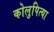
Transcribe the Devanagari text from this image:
कोलुपित्या